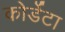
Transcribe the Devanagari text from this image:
कोर्डेटा